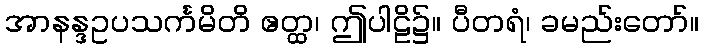
အာနန္ဒဥပသင်္ကမိတိ ဧတ္ထ၊ ဤပါဠိ၌။ ပီတရံ၊ ခမည်းတော်။